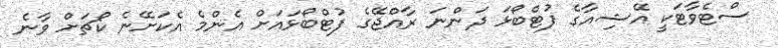
ސްޓެވާޓަކީ އޭޝިއާގެ ފުޓްބޯޅަ ދަންނަ ރާއްޖޭގެ ފުޓްބޯޅައަށް އެންމެ އެކަށޭނެ ކޯޗަަށް ވާނެ